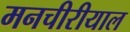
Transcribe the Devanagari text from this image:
मनचीरीयाल